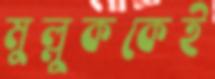
মুল্লুককেই